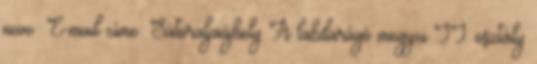
neve: E-mail címe: Sátoraljaújhely A labdarúgó megyei II. osztály